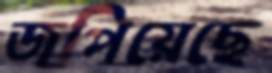
জপিয়েছে